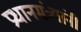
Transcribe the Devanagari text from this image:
प्रधानमंत्र्यांनी